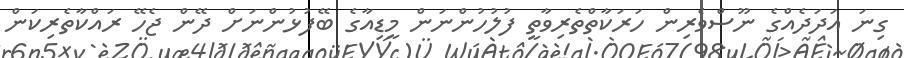
ގިނަ އަދަދެއްގެ ނޫސްވެރިން ހަރަކާތްތެރިވާތީ ފުލުހުންނަން މީޑިއާގެ ބޭފުޅުންނަށް ދޭން ޖެހޭ ރައްކާތެރިކަން